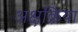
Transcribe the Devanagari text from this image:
अक्षक्रिया